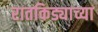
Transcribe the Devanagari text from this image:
रातकिड्याच्या